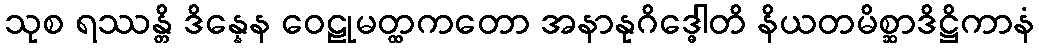
သုစ ရဿန္တိ ဒိန္နေန ဝေဠုမတ္ထကတော အနာနုဂိဒ္ဓေါတိ နိယတမိစ္ဆာဒိဋ္ဌိကာနံ